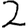
Digit: 2